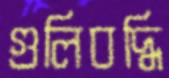
গুলিবদ্ধি